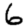
Digit: 6